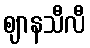
ဈာနသီလီ